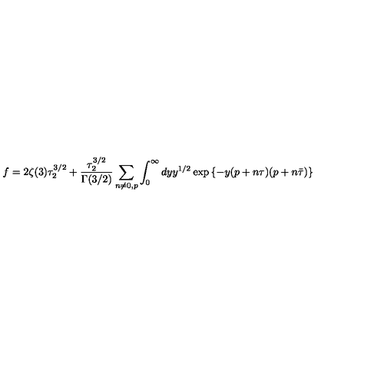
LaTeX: f = 2 \zeta ( 3 ) \tau _ { 2 } ^ { 3 / 2 } + { \frac { \tau _ { 2 } ^ { 3 / 2 } } { \Gamma ( 3 / 2 ) } } \sum _ { n \neq 0 , p } \int _ { 0 } ^ { \infty } d y y ^ { 1 / 2 } \exp \left\{ - y ( p + n \tau ) ( p + n \bar { \tau } ) \right\}